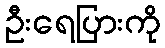
ဦးရေပြားကို